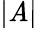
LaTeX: |{\cal{\mathit{A}}}|